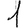
Digit: 1